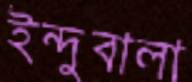
ইন্দুবালা